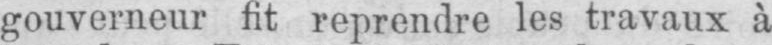
gouverneur fit reprendre les travaux à